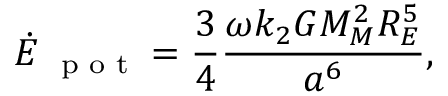
\dot { E } _ { \mathrm { ~ \scriptsize ~ p ~ o ~ t ~ } } = \frac { 3 } { 4 } \frac { \omega k _ { 2 } G M _ { M } ^ { 2 } R _ { E } ^ { 5 } } { a ^ { 6 } } ,